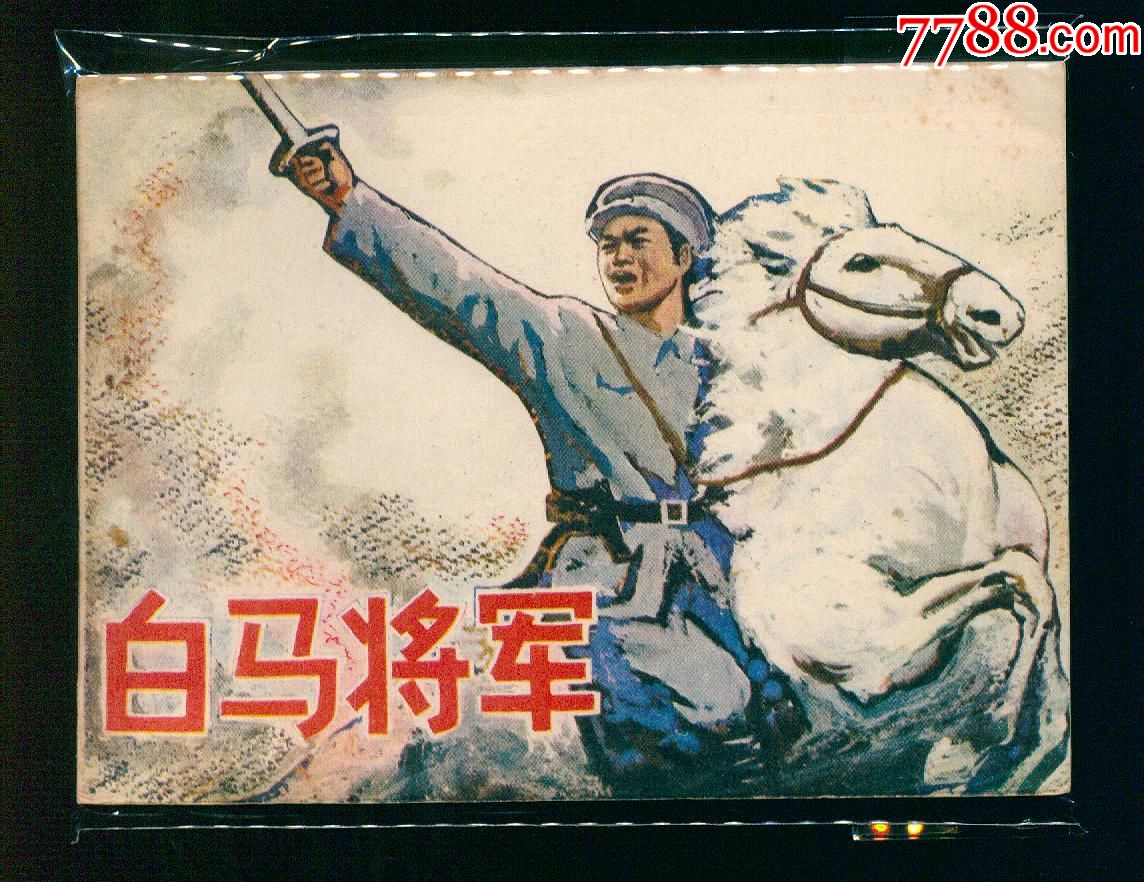
将军发白马，旌节度黄河。